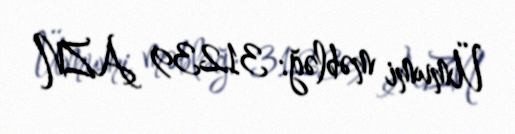
Ümumi məbləğ: 31239 AZN